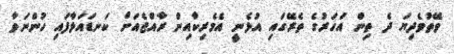
ވޭތުވެދިޔަ ދެ ތިން އަހަރުގެ ތެރޭގައި އުޅެނީ އެމެރިކާއިން ރާއްޖެއަށް ކަނޑައަޅާފައި ހުންނަވާ